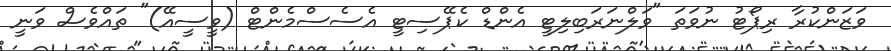
ވަޒަންކުރާ ރިޕޯޓު ނުވަތަ "ވަލްނަރަބިލިޓީ އެންޑް ކެޕޭސިޓީ އެސެސްމެންޓް (ވީސީއޭ)" ތައްވެސް ވަނީ